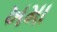
ખમા